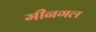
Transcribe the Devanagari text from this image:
मीनगल